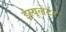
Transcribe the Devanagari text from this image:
इंस्यूलेटर